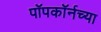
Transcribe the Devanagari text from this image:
पॉपकॉर्नच्या